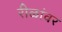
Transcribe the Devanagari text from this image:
रीळांवर